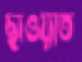
ছাওয়াত